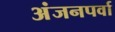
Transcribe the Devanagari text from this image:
अंजनपर्वा